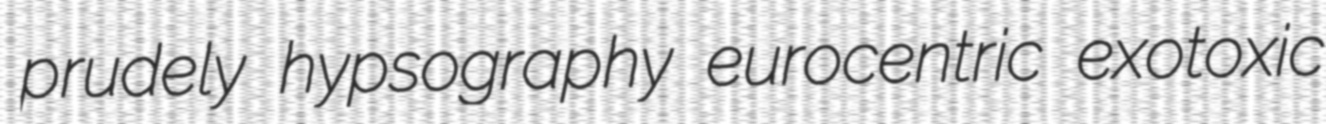
prudely hypsography eurocentric exotoxic